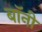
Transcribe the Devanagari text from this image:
बाॅनी